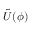
\tilde { U } ( \phi )